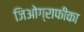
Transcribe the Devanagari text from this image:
जिओग्राफीका